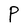
Character: P